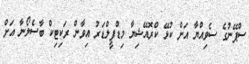
ސްޕޭނުގެ ސެވިއްޔާ އަށް ކުޅޭ ކްރޮއޭޝިޔާ މިޑްފީލްޑަރު އިވާން ރަކިޓިކް ބާސެލޯނާ އަށް